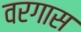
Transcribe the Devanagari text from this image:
वरगास